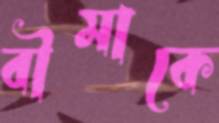
বীমাকে